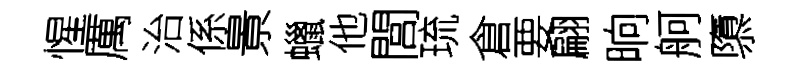
惺厲治係㬌蠟他閭琉倉要翩晌舸隳